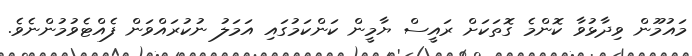
މައުމޫން ވިދާޅުވާ ކޮންމެ ގޮތަކަށް ރައީސް ޔާމީން ކަންކަމުގައި އަމަލު ނުކުރައްވަން ފެއްޓެވުމުންނެވެ.